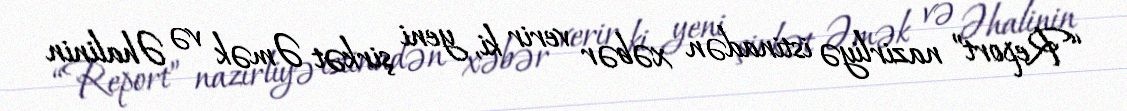
“Report” nazirliyə istinadən xəbər verir ki, yeni şirkət Əmək və Əhalinin